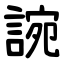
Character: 䛷